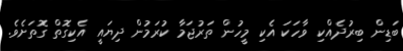
ބަޑިން ބިރުދެއްކި ވާހަކަ އެކި މީހުން ތަރުޖަމާ ކުރަމުން ދިޔައީ އެކިގޮތް ގޮތަށެވެ.